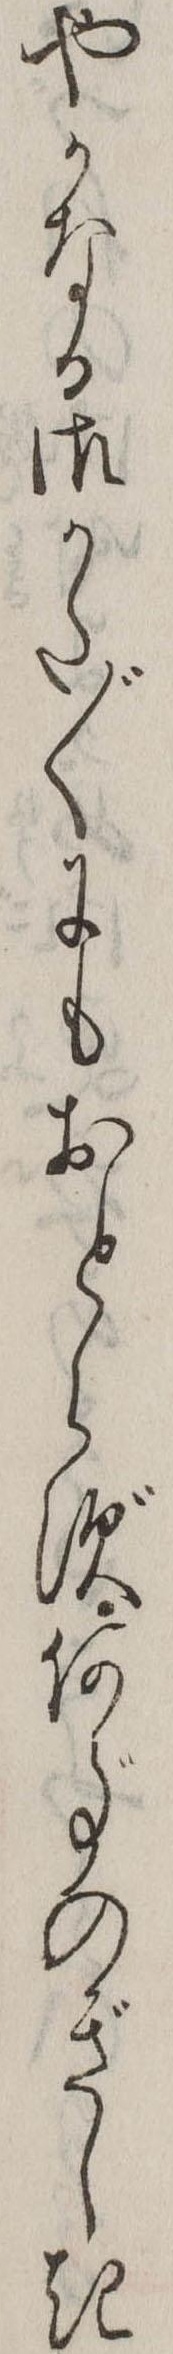
やかなる御かた〲にもおとらず何事のぎしき